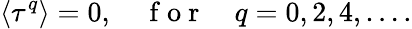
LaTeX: \langle\tau^{q}\rangle=0,\quad\mathrm{~f~o~r~}\quad q=0,2,4,\ldots.